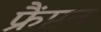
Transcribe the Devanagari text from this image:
फ्रैंप्टन